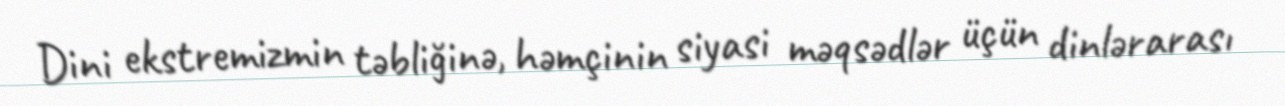
Dini ekstremizmin təbliğinə, həmçinin siyasi məqsədlər üçün dinlərarası